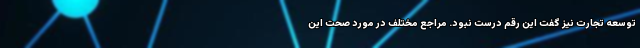
توسعه تجارت نیز گفت این رقم درست نبود. مراجع مختلف در مورد صحت این